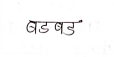
मजकूर: बडबड